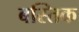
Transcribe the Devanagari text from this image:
बस्तिक